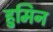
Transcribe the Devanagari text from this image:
हुमिन